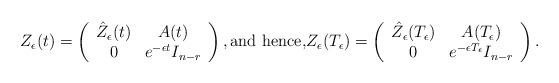
LaTeX: \begin{align*}Z_\epsilon(t) = \left(\begin{array}{cc}\hat{Z}_\epsilon(t) & A(t)\\0 & e^{-\epsilon t} I_{n-r}\end{array}\right),\mbox{and hence,} Z_\epsilon(T_{\epsilon}) = \left(\begin{array}{cc}\hat{Z}_\epsilon(T_\epsilon) & A(T_\epsilon)\\0 & e^{-\epsilon T_\epsilon} I_{n-r}\end{array}\right).\end{align*}